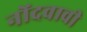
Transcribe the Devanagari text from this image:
नोंदवावी